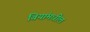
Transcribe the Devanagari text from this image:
बियांमधील